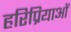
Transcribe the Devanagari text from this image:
हरिप्रियाओं